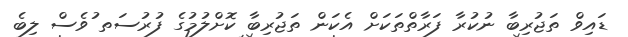
ޑައިވް ތަޖުރިބާ ނުކުރާ ފަރާތްތަކަށް އެކަން ތަޖުރިބާ ކޮށްލުމުގެ ފުރުސަތ ުވެސް ލިބެ